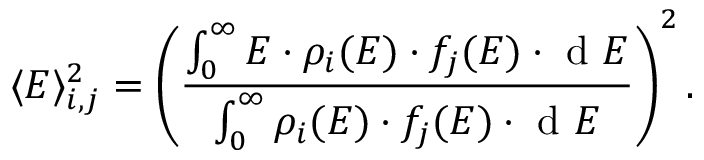
\langle E \rangle _ { i , j } ^ { 2 } = \left( \frac { \int _ { 0 } ^ { \infty } E \cdot \rho _ { i } ( E ) \cdot f _ { j } ( E ) \cdot \mathrm { ~ d ~ } E } { \int _ { 0 } ^ { \infty } \rho _ { i } ( E ) \cdot f _ { j } ( E ) \cdot \mathrm { ~ d ~ } E } \right) ^ { 2 } .